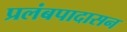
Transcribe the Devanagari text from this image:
प्रलंबपादासन